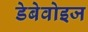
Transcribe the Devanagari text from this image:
डेबेवोइज